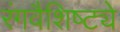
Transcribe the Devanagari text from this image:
रंगवैशिष्ट्ये